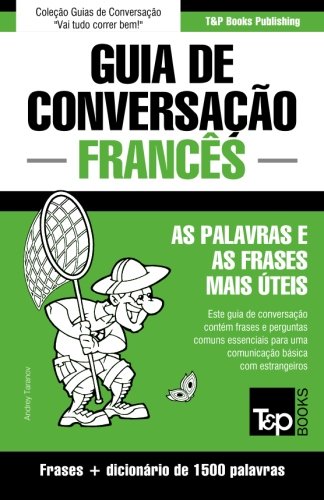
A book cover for Guia de ConversaÃ§Ã£o PortuguÃªs-FrancÃªs e dicionÃ¡rio conciso 1500 palavras (Portuguese Edition); Andrey Taranov; Travel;